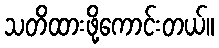
သတိထားဖို့ကောင်းတယ်။